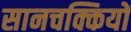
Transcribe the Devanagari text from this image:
सानचक्कियों